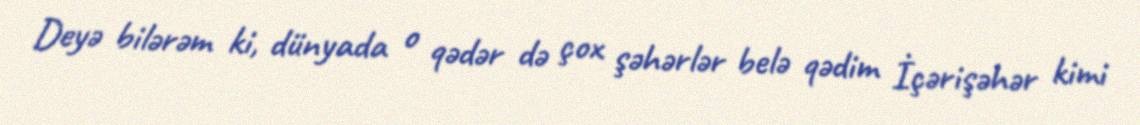
Deyə bilərəm ki, dünyada o qədər də çox şəhərlər belə qədim İçərişəhər kimi